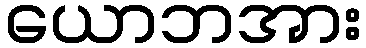
ယောဘအား